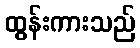
ထွန်းကားသည်